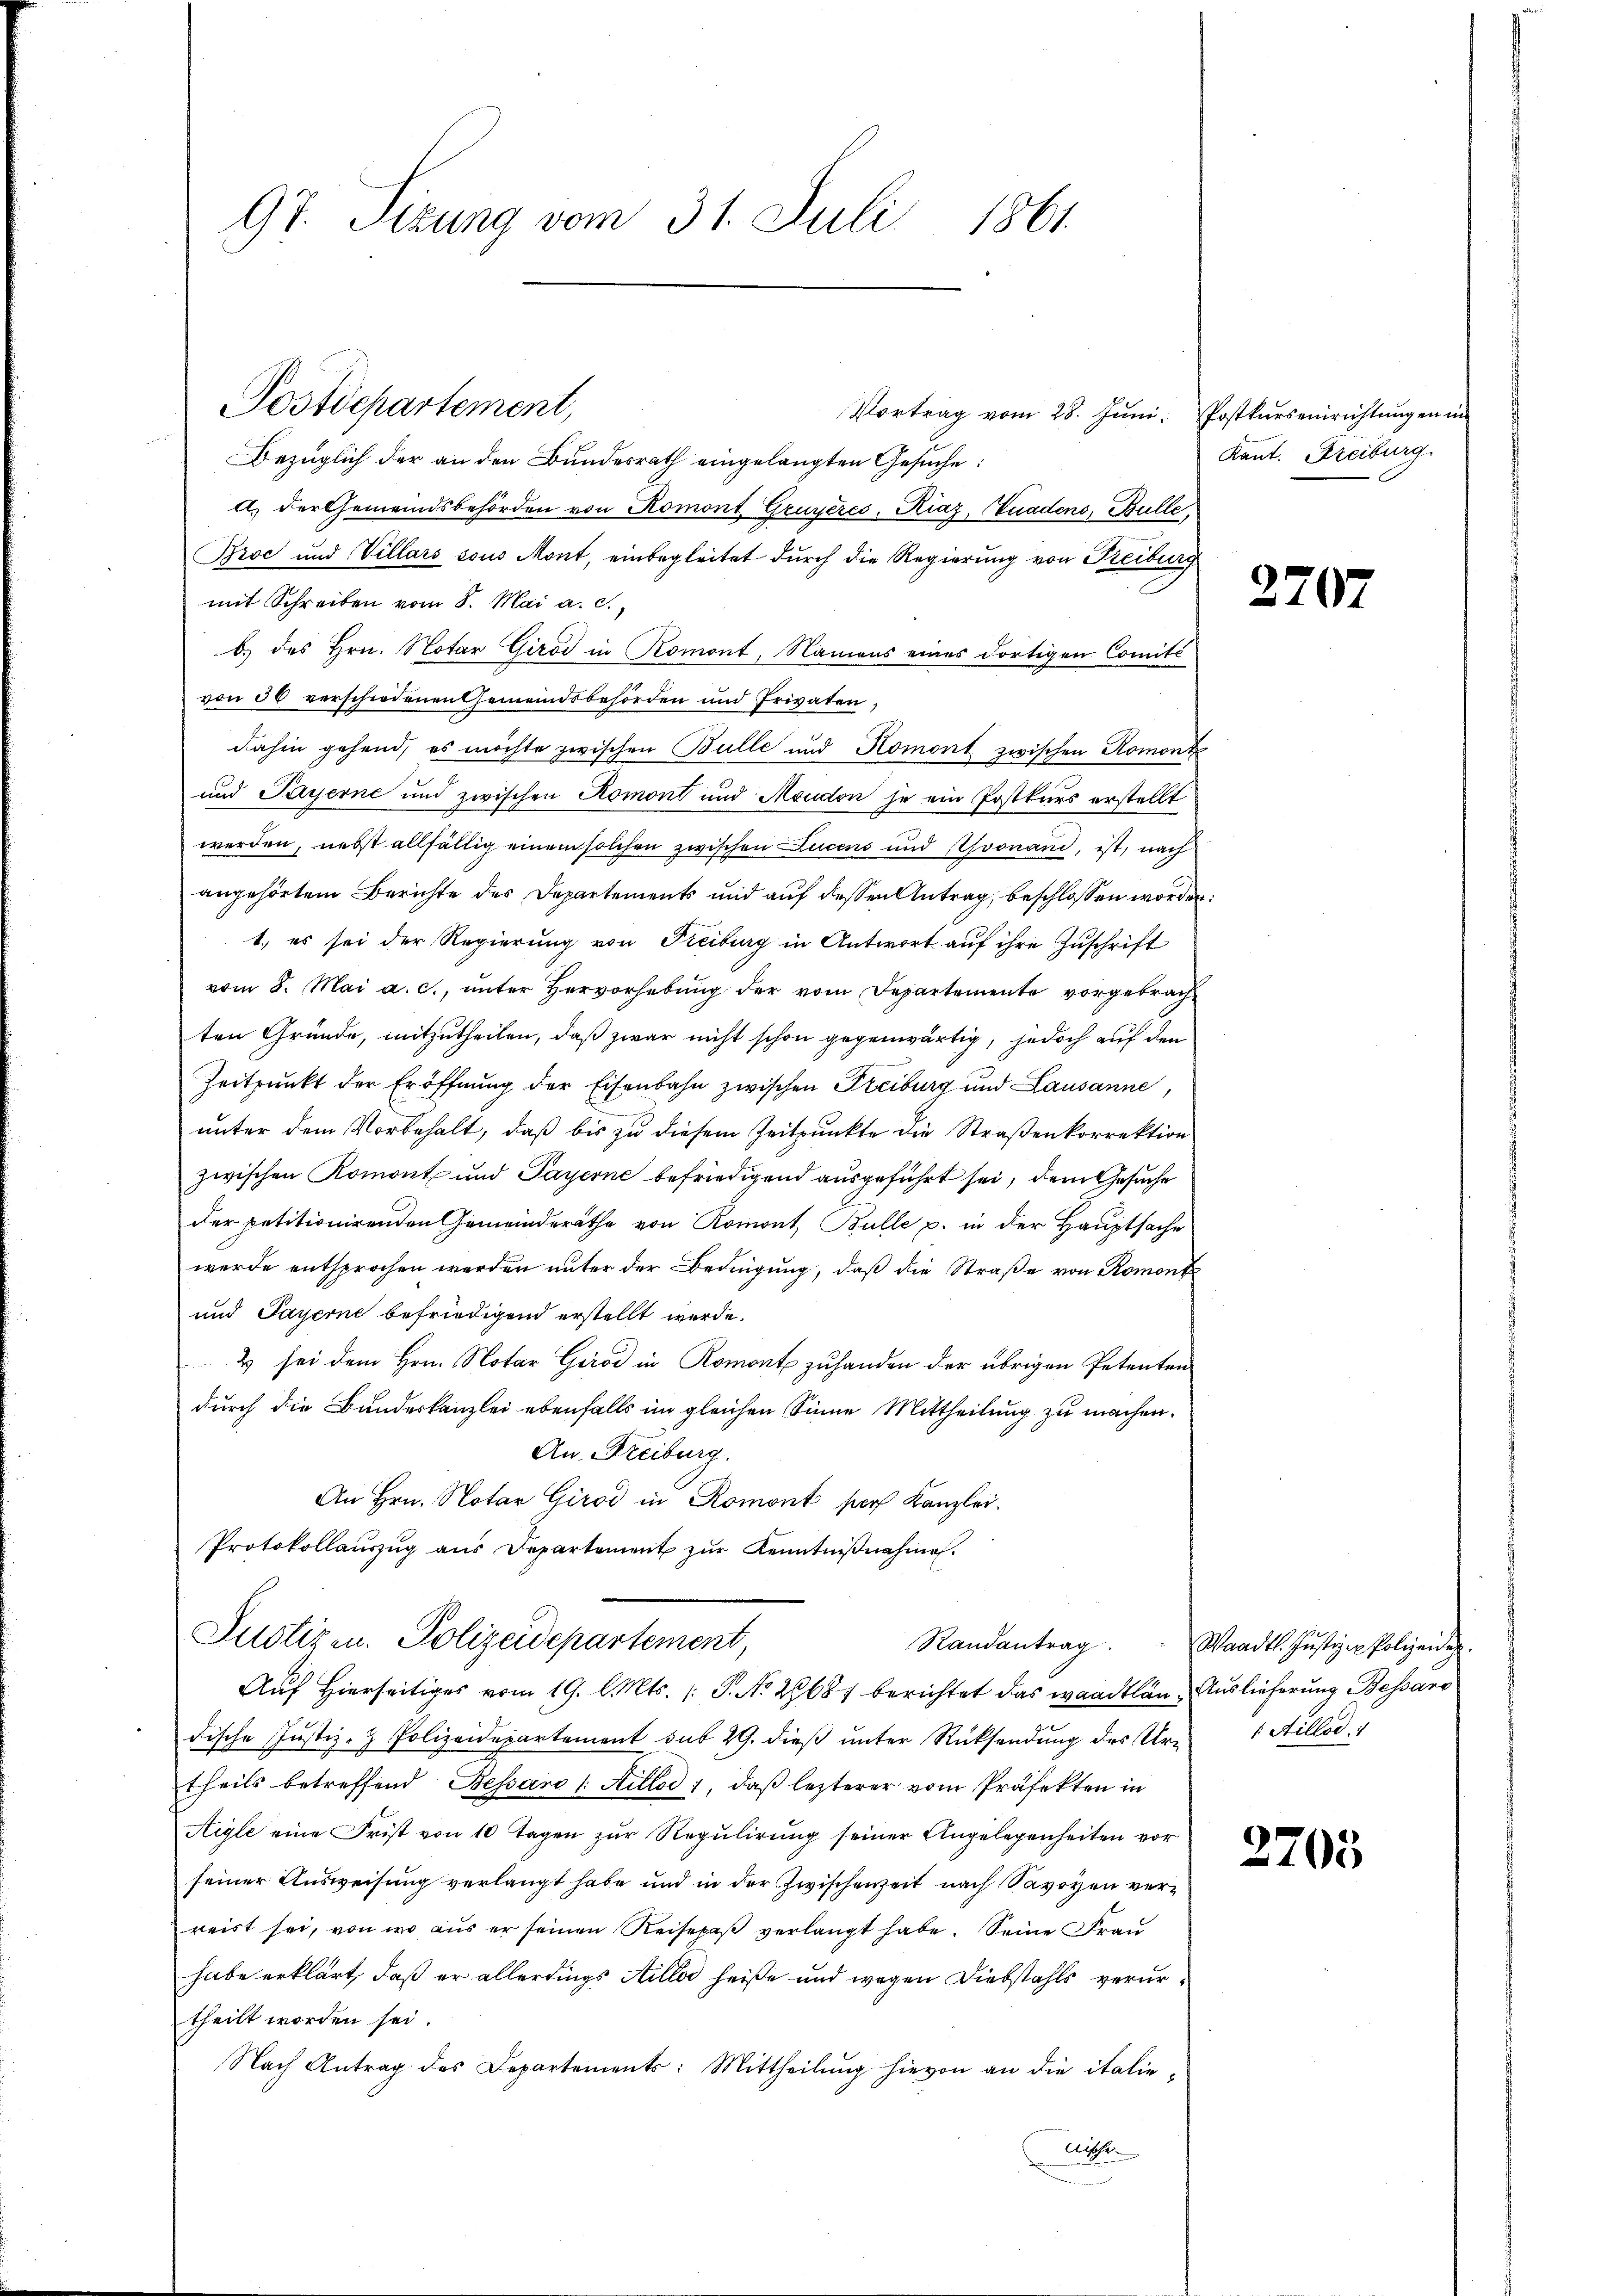
97. Sizung vom 31. Juli 1861.

Postdepartement,

Vortrag vom 28. Juni. Postkurseinrichtungen im
Bezüglich der an den Bundesrath eingelangten Gesuche:
A.) Der Gemeindsbehörden von Romont Gruyères, Kiaz, Quadens, Bulle,
Broć und Villars sous Mont, einbegleitet durch die Regierung von Freiburg
mit Schreiben vom 8. Mai a. c.,
b.) des Hrn. Notar Girod in Romont, Namens eines dortigen Comité
von 30 verschiedenen Gemeindsbehörden und Privaten,
dahin gehend, es möchte zwischen Bulle und Romont zwischen Romont
und Payerne und zwischen Romont und Moudon je ein Postkurs erstellt
werden, nebst allfällig einem solchen zwischen Lucens und Asvonand, ist, nach
angehörtem Berichte des Departements und auf dessen Antrag, beschlossen worden:
1., es sei der Regierung von Piciburg in Antwort auf ihre Zuschrift
vom 8. Mai a. c., unter Hervorhebung der vom Departemente vorgebrachten Gründe, mitzutheilen, daß zwar nicht schon gegenwärtig, jedoch auf den
Zeitpunkt der Eröffnung der Eisenbahn zwischen Freiburg und Lausanne,
unter dem Vorbehalt, daß bis zu diesem Zeitpunkte die Straßenkorrektion
zwischen Romont und Payerne befriedigend ausgeführt sei, dem Gesuche
der petitionirenden Gemeinderäthe von Romont, Bulle p. in der Hauptsache
werde entsprochen werden unter der Bedingung, daß die Straße von Romonte
und Payerne befriedigend erstellt werde.
2 sei dem Hrn. Notar Girod in Romont zu handen der übrigen Petenten
durch die Bundeskanzlei ebenfalls im gleichen Sinne Mittheilung zu machen.
An Freiburg.
An Hrn. Notar Girod in Romont par Kanzlei.
Protokollaŭszŭg aŭs Departement zŭr Kenntniβnahme.
Justizen. Polizeidepartement,
Randantrag. Waadt. Jŭstiz u Polizeide.
Auf Hierseitiges vom 19. l. Mts. (T. No. 28687 berichtet das waadtlän Auslieferung Bessare
dische Justiz- & Polizeidepartement sub 29. dieß unter Rücksendung des Urtheils betreffend Bessaro /: Aillod 1, daß lezterer vom Präfekten in
Aigle eine Frist von 10 Tagen zŭr Regulirung seiner Angelegenheiten vor
seiner Ausweisung verlangt habe und in der Zwischenzeit nach Savoyen verreist sei, von wo aus er seinen Reisepaβ verlangt habe. Seine Frau
habe erklärt, daß er allerdings Stillo heiße und wegen Diebstahls verurtheilt worden sei.
Nach Antrag des Departements: Mittheilŭng hievon an die italie-
Uster

Kant. Freiburg.

2707

/ Aillod

2705